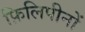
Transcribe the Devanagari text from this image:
फ़िलिपीनों